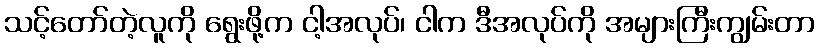
သင့်တော်တဲ့လူကို ရွေးဖို့က ငါ့အလုပ်၊ ငါက ဒီအလုပ်ကို အများကြီးကျွမ်းတာ